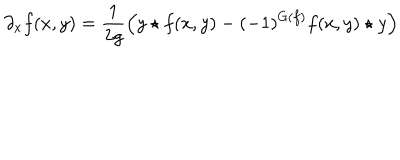
LaTeX: \partial _ { x } f ( x , y ) = \frac { 1 } { 2 g } \left( y \star f ( x , y ) - ( - 1 ) ^ { G ( f ) } f ( x , y ) \star y \right)